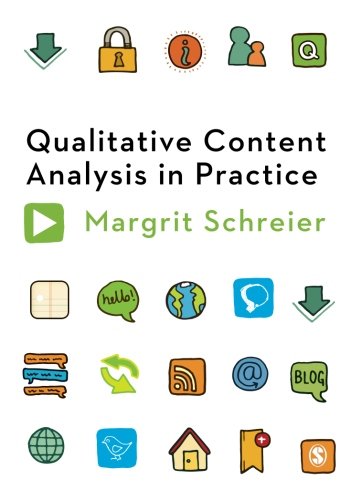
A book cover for Qualitative Content Analysis in Practice; Margrit Schreier; Reference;